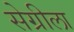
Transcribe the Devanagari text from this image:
सेग्रीला